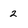
Character: 2